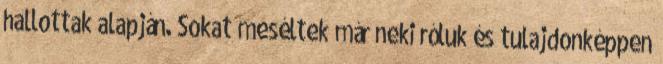
hallottak alapján. Sokat meséltek már neki róluk és tulajdonképpen